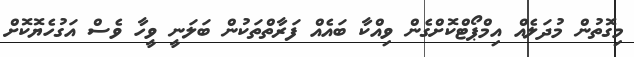
މިގޮތުން މުދަލެއް އިމްޕޯޓްކޮށްގެން ވިއްކާ ބައެއް ފަރާތްތަކުން ބަލަނީ ވީހާ ވެސް އަގުހެޔޮކޮށް